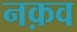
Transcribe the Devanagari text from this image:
नक़व